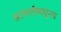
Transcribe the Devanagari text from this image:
सांगलीमधूनच